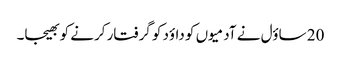
20 ساؤل نے آدمیوں کو داؤد کو گرفتار کرنے کو بھیجا۔